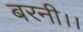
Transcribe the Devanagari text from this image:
बरनी।।